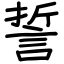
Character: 誓